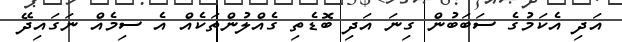
އަދި އެކަމުގެ ސަބަބުން ގިނަ އަދި ބޮޑެތި ގެއްލުންތަކެއް އެ ސިމެއް ނަގައިދޭ